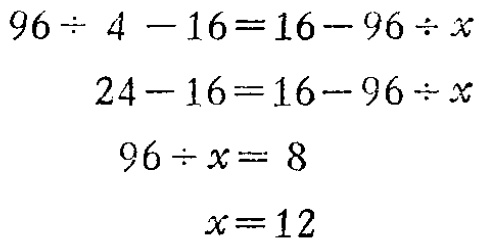
\[

\begin{align*}

96\div 4 - 16&=16 - 96\div x\\

24 - 16&=16 - 96\div x\\

96\div x&= 8\\

x&=12

\end{align*}

\]